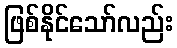
ဖြစ်နိုင်သော်လည်း